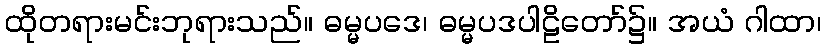
ထိုတရားမင်းဘုရားသည်။ ဓမ္မပဒေ၊ ဓမ္မပဒပါဠိတော်၌။ အယံ ဂါထာ၊